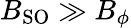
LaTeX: B_{\mathrm{SO}}\gg B_{\phi}